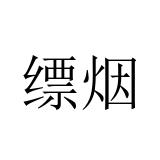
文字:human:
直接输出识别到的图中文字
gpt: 缥烟